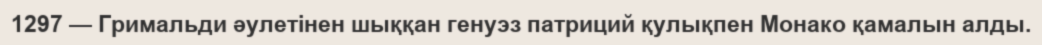
1297 — Гримальди әулетінен шыққан генуэз патриций қулықпен Монако қамалын алды.